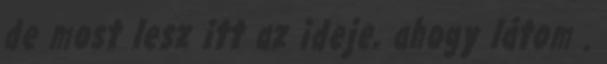
de most lesz itt az ideje, ahogy látom .